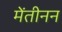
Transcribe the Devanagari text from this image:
मेंतीनन